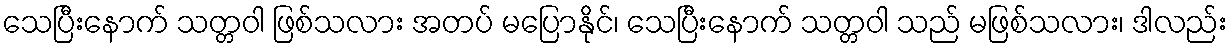
သေပြီးနောက် သတ္တဝါ ဖြစ်သလား အတပ် မပြောနိုင်၊ သေပြီးနောက် သတ္တဝါ သည် မဖြစ်သလား၊ ဒါလည်း